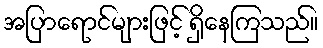
အပြာရောင်များဖြင့် ရှိနေကြသည်။